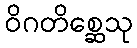
ဝိဂတိစ္ဆေသု